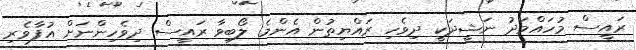
ރައީސް މުހައްމަދު ނަޝީދަކީ ދިވެހި ރައްޔިތުން އެންމެ ލޯބިވާ ރައީސް ދިވެހިންނަށް އުފާވެރި